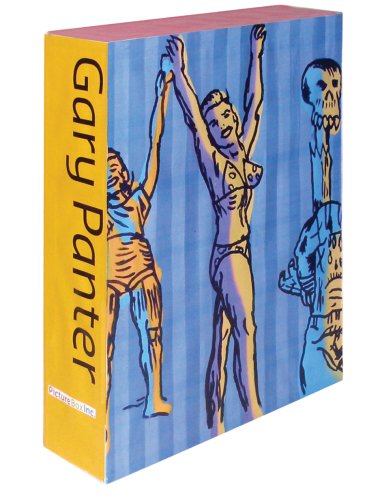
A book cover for Gary Panter; Karrie Jacobs; Comics & Graphic Novels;